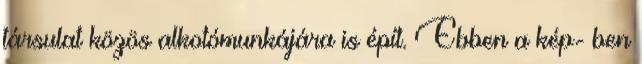
társulat közös alkotómunkájára is épít. Ebben a kép- ben